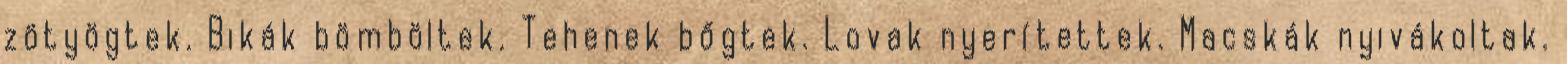
zötyögtek. Bikák bömböltek. Tehenek bőgtek. Lovak nyerítettek. Macskák nyivákoltak.